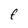
Character: F